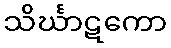
သိင်္ဃာဋကော